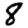
Digit: 8